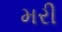
મરી